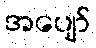
အပျော်